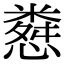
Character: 𢠴